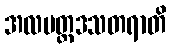
အလမတ္ထဒသတရာတိ